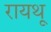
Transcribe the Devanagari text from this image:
रायथू